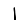
Digit: 1